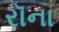
રૉના